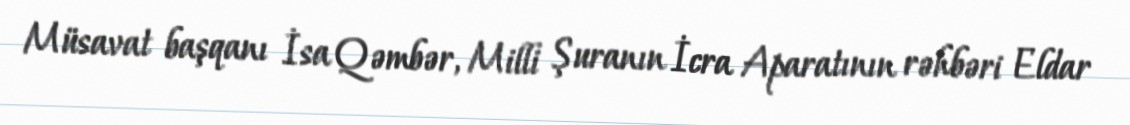
Müsavat başqanı İsa Qəmbər, Milli Şuranın İcra Aparatının rəhbəri Eldar